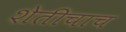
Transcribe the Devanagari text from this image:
शेतीचाच